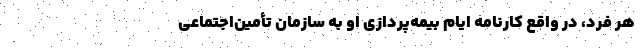
هر فرد، در واقع کارنامه ایام بیمه‌پردازی او به سازمان تأمین‌اجتماعی